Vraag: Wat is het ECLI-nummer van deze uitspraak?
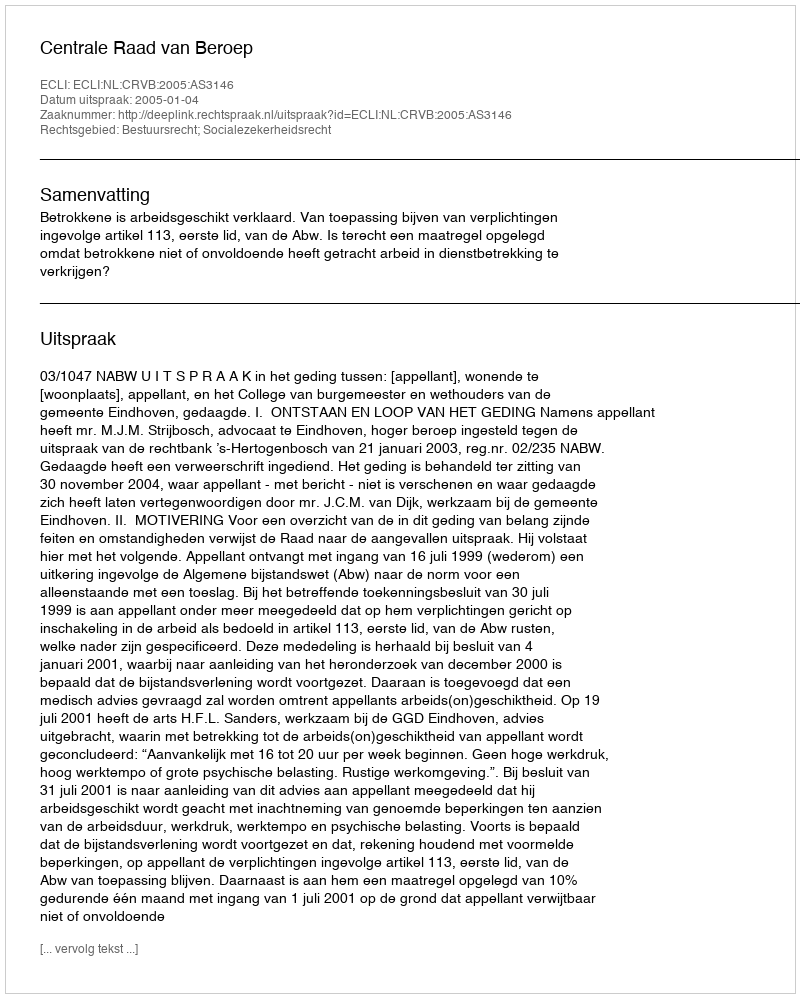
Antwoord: ECLI:NL:CRVB:2005:AS3146